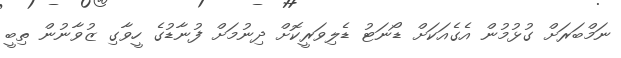
ނަމްބަރަށް ގުޅުމުން އެގެއަކަށް ޑޯނަޓު ޑެލިވަރީކޮށް ދިނުމަށް ފުނާޑުގެ ހީވާގި ޒުވާނުން ތިބީ